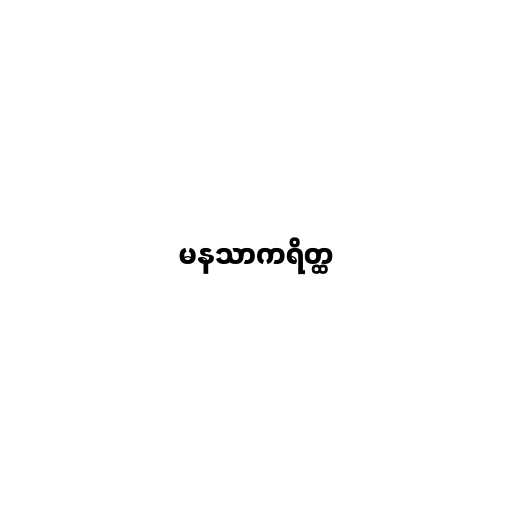
မနသာကရိတ္ထ